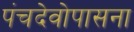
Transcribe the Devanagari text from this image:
पंचदेवोपासना